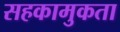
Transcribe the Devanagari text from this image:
सहकामुकता